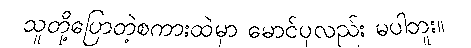
သူတို့ပြောတဲ့စကားထဲမှာ မောင်ပုလည်း မပါဘူး။